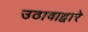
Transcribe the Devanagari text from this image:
उठावाद्वारे